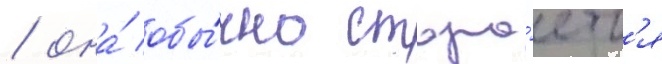
/ она́ обы́чно стара́етс'я